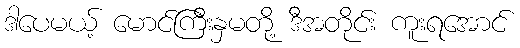
ဒါပေမယ့် မောင်ကြီးနှမတို့ ဒီအတိုင်း ကူးရအောင်